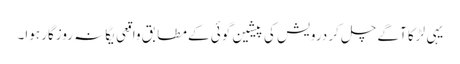
یہی لڑکا آگے چل کر درویش کی پیشین گوئی کے مطابق واقِعی یگانہ روزگار ہوا۔